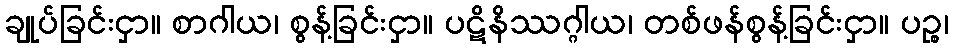
ချုပ်ခြင်းငှာ။ စာဂါယ၊ စွန့်ခြင်းငှာ။ ပဋိနိဿဂ္ဂါယ၊ တစ်ဖန်စွန့်ခြင်းငှာ။ ပဉ္စ၊